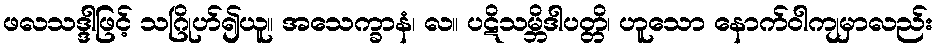
ဖလသဒ္ဒါဖြင့် သဂြိုဟ်၍ယူ။ အသေက္ခာနံ၊ လ။ ပဋိသမ္ဘိဒါပတ္တိ၊ ဟူသော နောက်ဝါကျမှာလည်း